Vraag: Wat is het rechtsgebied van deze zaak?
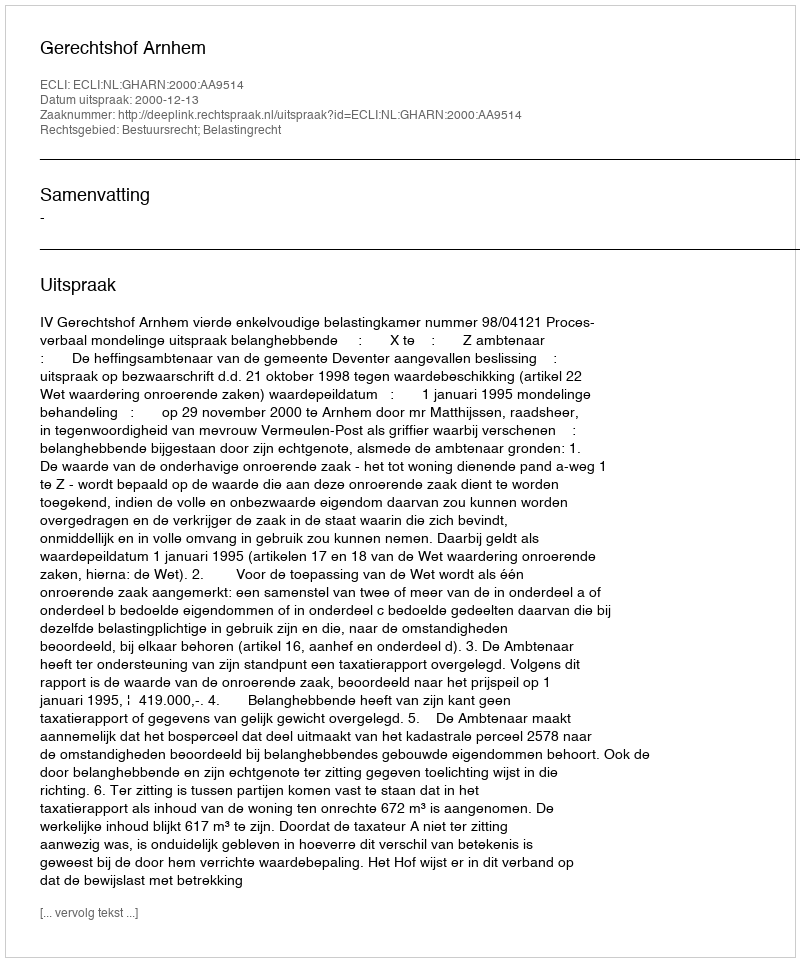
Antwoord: Bestuursrecht; Belastingrecht